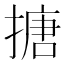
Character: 搪